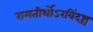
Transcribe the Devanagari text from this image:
रामतीर्थोऽरविंदश्च